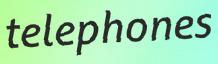
telephones